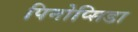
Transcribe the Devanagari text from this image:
पिनोप्सिडा